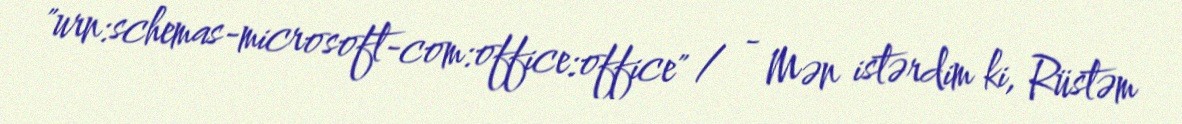
"urn:schemas-microsoft-com:office:office" / - Mən istərdim ki, Rüstəm